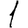
Digit: 1